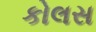
કોલસ